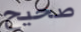
صحيح